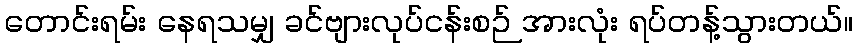
တောင်းရမ်း နေရသမျှ ခင်ဗျားလုပ်ငန်းစဉ် အားလုံး ရပ်တန့်သွားတယ်။